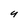
Character: 4